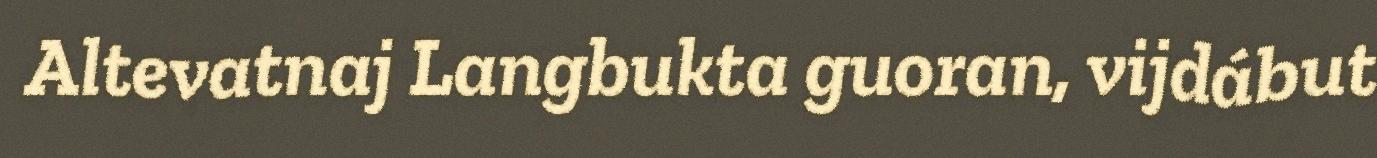
Altevatnaj Langbukta guoran, vijdábut